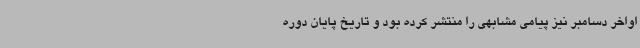
اواخر دسامبر نیز پیامی مشابهی را منتشر کرده بود و تاریخ پایان دوره